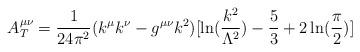
LaTeX: \begin{align*}A^{\mu\nu}_T ={1\over {24\pi^2}} (k^\mu k^\nu -g^{\mu\nu}k^2)[\ln ({{k^2}\over{\Lambda^2}}) - \frac{5}{3} + 2\ln ({\pi \over 2})]\end{align*}